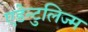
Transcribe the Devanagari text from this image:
एडेन्टुलिज्म